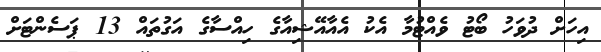
އިހަށް ދުވަހު ބޯޓު ވެއްޓުމާ އެކު އެއާއޭޝިއާގެ ހިއްސާގެ އަގުތައް 13 ޕަސެންޓަށް